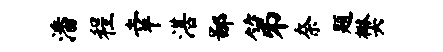
潘程幸湛鄙第奈题樊